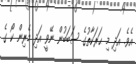
އެވެ. އަދި މި ޙަރަކާތުގެ ސަބަބުން ނޭވީ އަދި މެރިން ކޯ ގެ